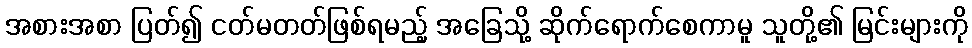
အစားအစာ ပြတ်၍ ငတ်မတတ်ဖြစ်ရမည့် အခြေသို့ ဆိုက်ရောက်စေကာမူ သူတို့၏ မြင်းများကို